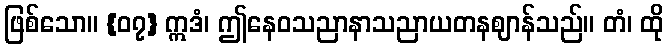
ဖြစ်သော။ {၀၇} ဣဒံ၊ ဤနေဝသညာနာသညာယတနဈာန်သည်။ တံ၊ ထို